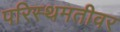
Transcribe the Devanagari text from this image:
परिस्थमतीवर